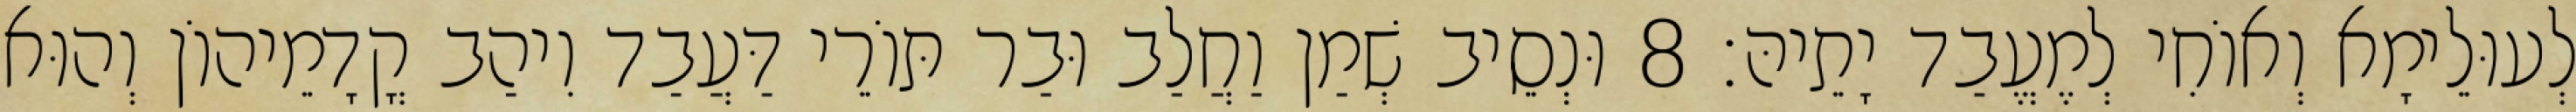
לְעוּלֵימָא וְאוֹחִי לְמֶעֱבַד יָתֵיהּ׃ 8 וּנְסֵיב שְׁמַן וַחֲלַב וּבַר תּוֹרֵי דַּעֲבַד וִיהַב קֳדָמֵיהוֹן וְהוּא